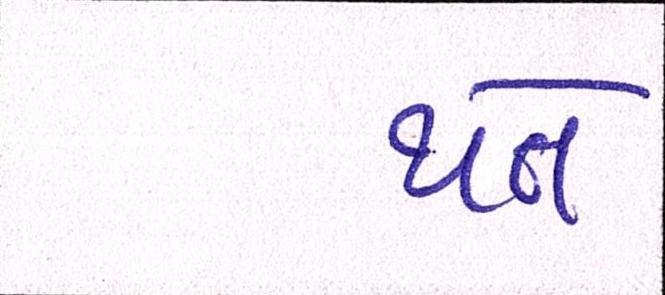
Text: થતે